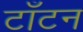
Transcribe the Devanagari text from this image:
टाँटन